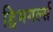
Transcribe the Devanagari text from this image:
ड्रिमगर्ल्स